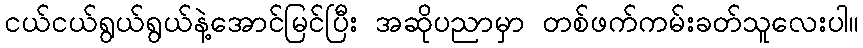
ငယ်ငယ်ရွယ်ရွယ်နဲ့အောင်မြင်ပြီး အဆိုပညာမှာ တစ်ဖက်ကမ်းခတ်သူလေးပါ။